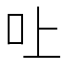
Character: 𠮵